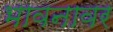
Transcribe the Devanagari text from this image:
भावनावर